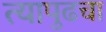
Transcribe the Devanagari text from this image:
त्यापुढचा